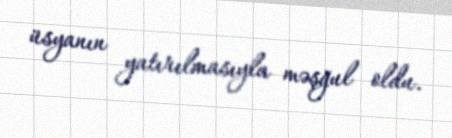
üsyanın yatırılmasıyla məşğul oldu.